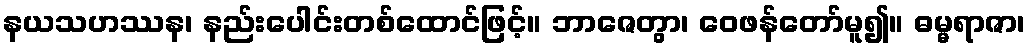
နယသဟဿန၊ နည်းပေါင်းတစ်ထောင်ဖြင့်။ ဘာဇေတွာ၊ ဝေဖန်တော်မူ၍။ ဓမ္မရာဇာ၊